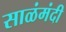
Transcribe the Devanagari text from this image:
साळंमंदी